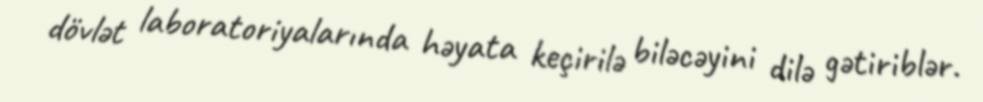
dövlət laboratoriyalarında həyata keçirilə biləcəyini dilə gətiriblər.